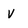
Character: v